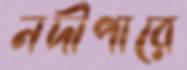
নদীপারে